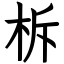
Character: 柝